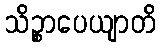
သိဉ္စာပေယျာတိ